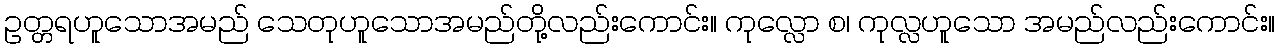
ဥတ္တရဟူသောအမည် သေတုဟူသောအမည်တို့လည်းကောင်း။ ကုလ္လော စ၊ ကုလ္လဟူသော အမည်လည်းကောင်း။